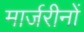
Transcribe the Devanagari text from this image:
मार्जरीनों